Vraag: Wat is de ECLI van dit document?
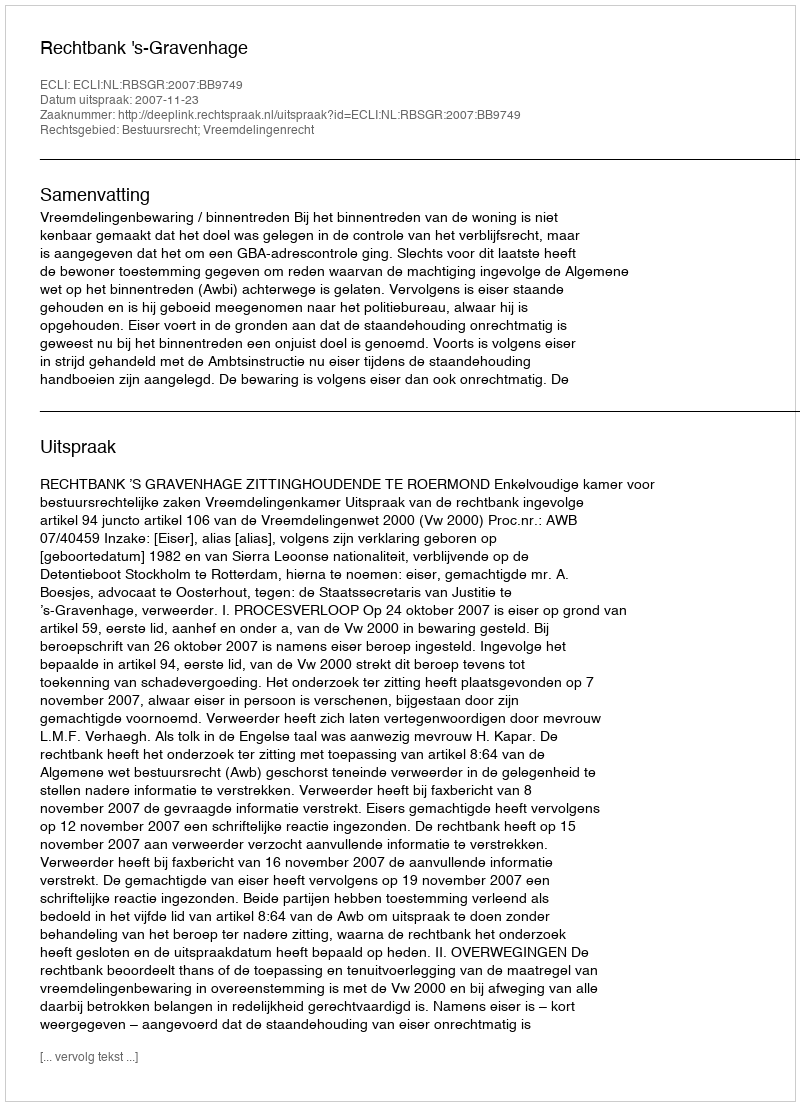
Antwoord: ECLI:NL:RBSGR:2007:BB9749